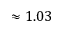
\approx 1 . 0 3